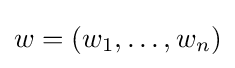
w=\left(w_{1},\ldots ,w_{n}\right)